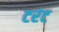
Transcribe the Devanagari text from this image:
टरंट